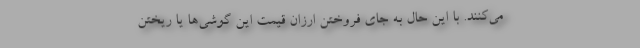
می‌کنند. با این حال به جای فروختن ارزان قیمت این گوشی‌ها یا ریختن